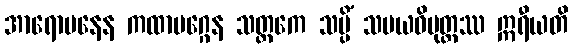
အာရောပနေန ကထာမဂ္ဂေန သတ္တကေ သပ္ပိံ သမယဝိမုတ္တဿ ဣရီယတိ